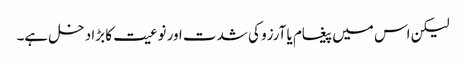
لیکن اس میں پیغام یا آرزو کی شدت اور نوعیت کا بڑا دخل ہے۔